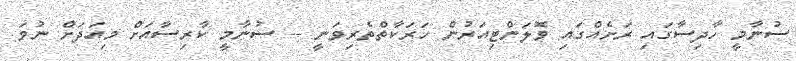
ސުނާމީ ހާދިސާގައި ރަށެއްގައި ވޮލަންޓިއަރުން ހަރަކާތްތެރިވަނީ -- ސުނާމީ ކާރިސާއަށް މިއަދަށް ނުވަ